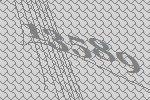
13589